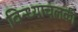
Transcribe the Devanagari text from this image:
विन्ध्याचलकी